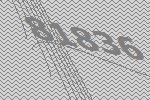
81836